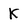
Character: K